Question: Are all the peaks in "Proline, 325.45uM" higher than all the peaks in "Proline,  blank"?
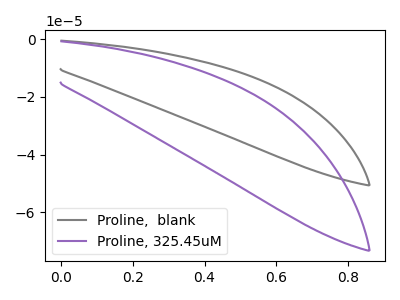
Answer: <think>The gray curve "Proline,  blank" has no peaks. The purple curve "Proline, 325.45uM" has no peaks.</think>
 <answer>Niether CV has any peaks.</answer>
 <eval>blanks</eval>